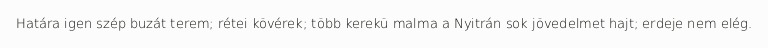
Határa igen szép buzát terem; rétei kövérek; több kerekü malma a Nyitrán sok jövedelmet hajt; erdeje nem elég.